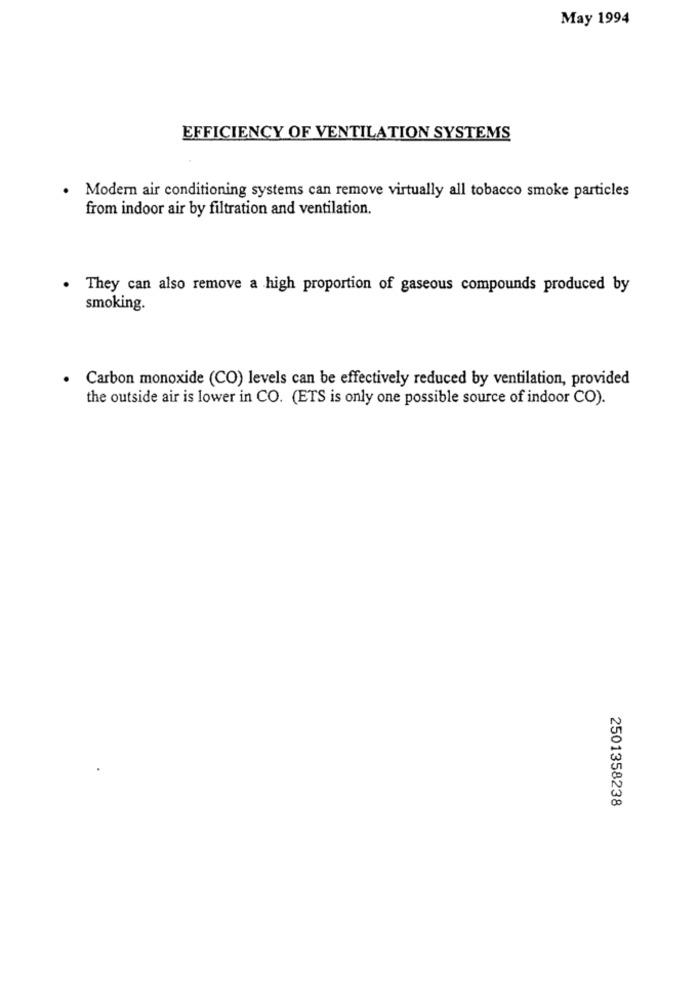
May 1994
EFFICIENCY OF VENTILATION SYSTEMS
.
Modern air conditioning systems can remove virtually all tobacco smoke particles
from indoor air by filtration and ventilation.
. They can also remove a high proportion of gaseous compounds produced by
smoking.
Carbon monoxide (CO) levels can be effectively reduced by ventilation, provided
the outside air is lower in CO. (ETS is only one possible source of indoor CO).
2501358238